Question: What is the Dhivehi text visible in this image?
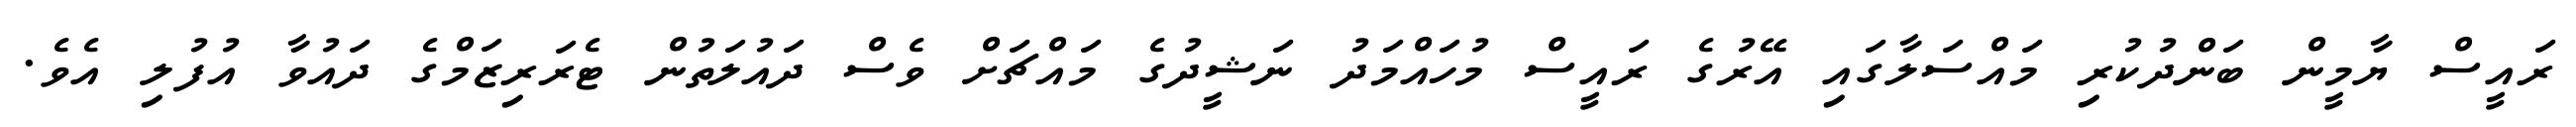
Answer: ރައީސް ޔާމީން ބަންދުކުރި މައްސަލާގައި އޭރުގެ ރައީސް މުހައްމަދު ނަޝީދުގެ މައްޗަށް ވެސް ދައުލަތުން ޓެރަރިޒަމްގެ ދައުވާ އުފުލި އެވެ.